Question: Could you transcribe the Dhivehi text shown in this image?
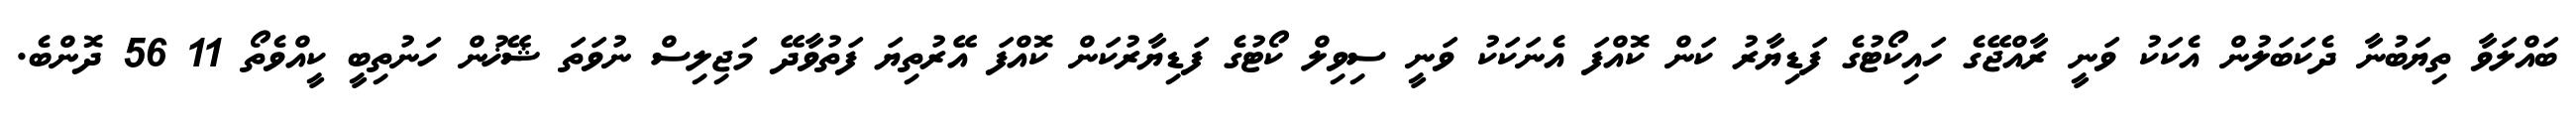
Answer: ބައްލަވާ ތިޔަބުނާ ދެކަބަލުން އެކަކު ވަނީ ރާއްޖޭގެ ހައިކޯޓުގެ ފަޑިޔާރު ކަން ކޮއްފަ އެނަކަކު ވަނީ ސިވިލް ކޯޓުގެ ފަޑިޔާރުކަން ކޮއްފަ އޭރުތިޔަ ފަތުވާދޭ މަޖިލިސް ނުވަތަ ޝޭޚުން ހަނުތިބީ ކީއްވެތޯ 11 56 ދޮންބެ.